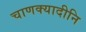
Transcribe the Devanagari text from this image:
चाणक्यादीनि